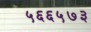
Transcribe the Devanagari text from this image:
५६६५७३